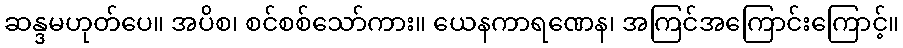
ဆန္ဒမဟုတ်ပေ။ အပိစ၊ စင်စစ်သော်ကား။ ယေနကာရဏေန၊ အကြင်အကြောင်းကြောင့်။